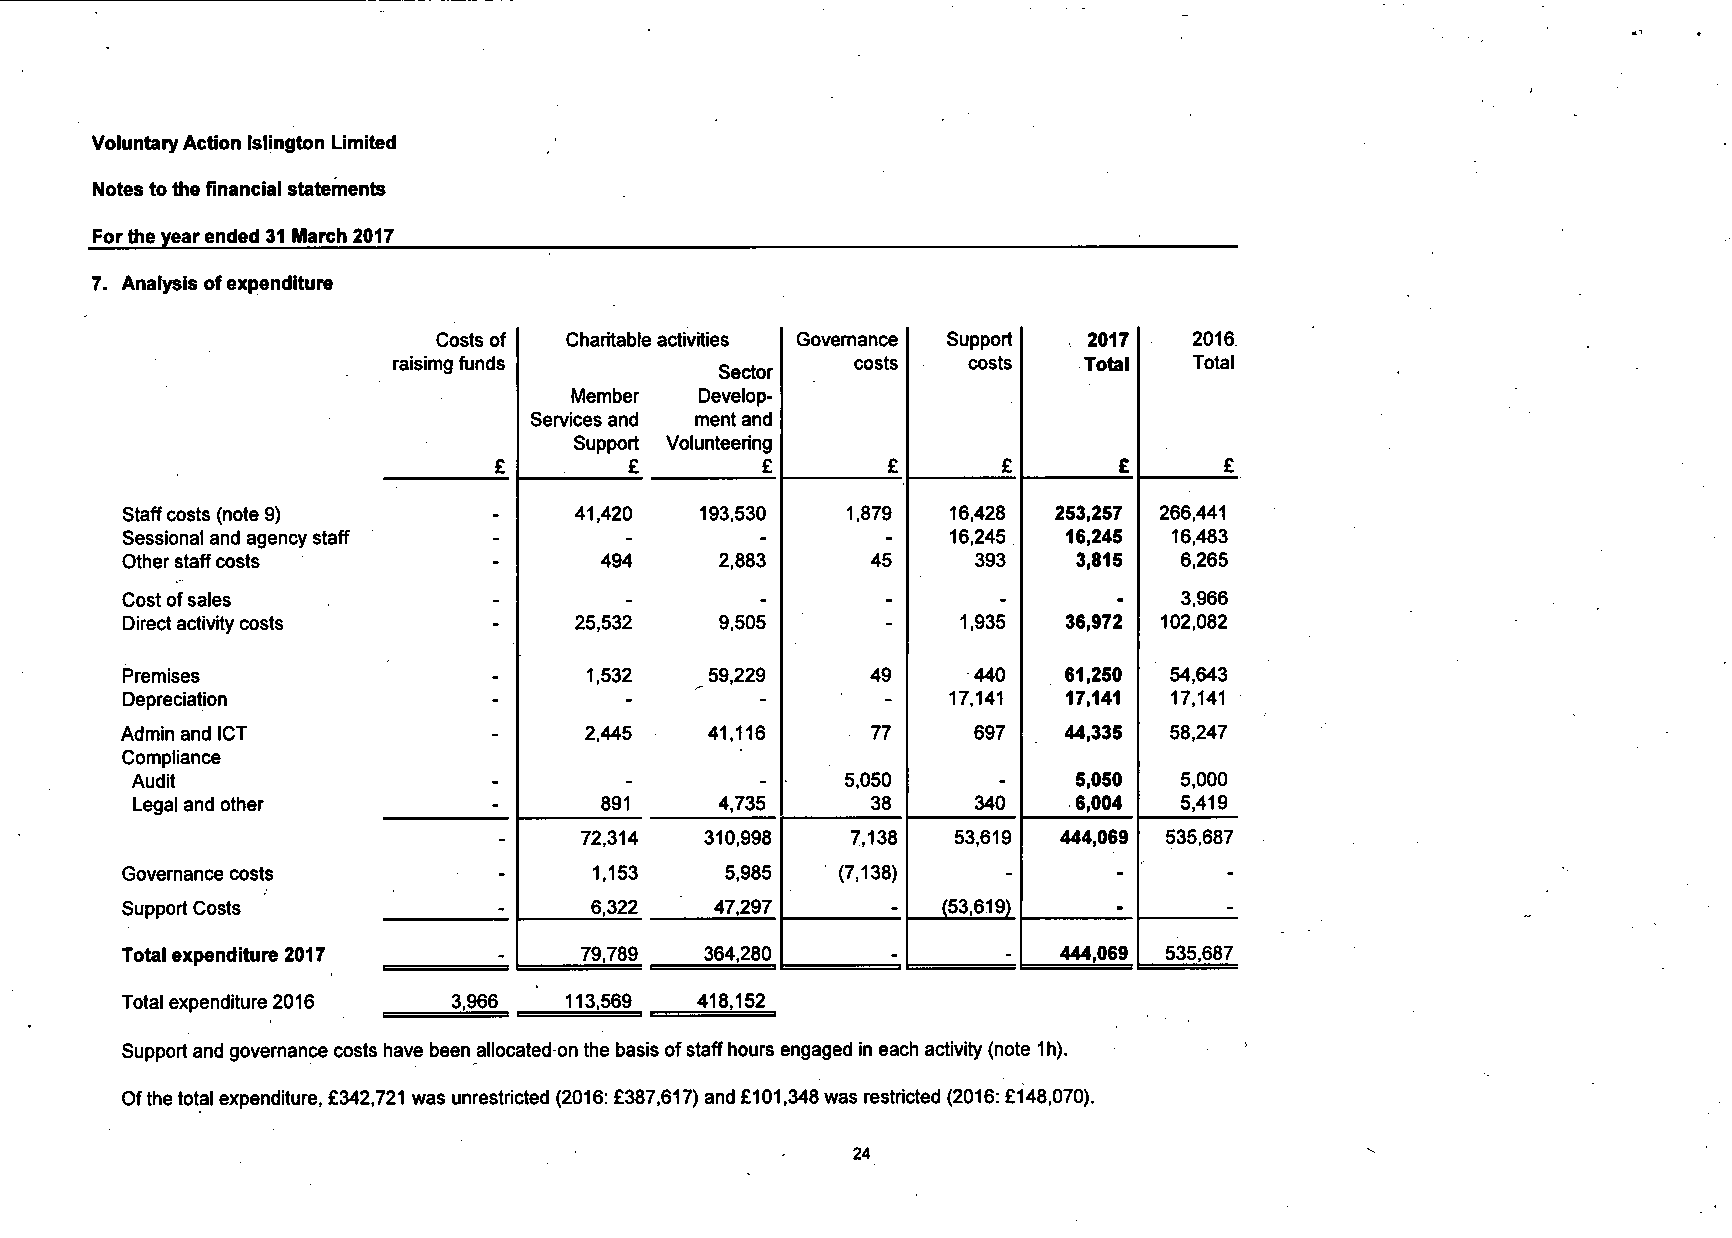
Voluntary Action Islington Limited
 Notes to the financial statements
 For the year ended 31 March 2017
 7. Analysis of expenditure
 Costs of Charitable activities Governance Support 2017 2016
 raisimg funds                  costs  costs   Total  Total
 Sector
 Member  Develop-
 Services and ment and
 Support Volunteering
 £        £       £        £      £       £      £
 Staff costs (note 9)          41,420  193,530   1,879  16,428 253,257 266,441
 Sessional and agency staff -     -        -        -   16,245  16,245 16,483
 Other staff costs        -      494     2,883     45     393   3,815  6,265
 Cost of sales            _       _        -        -      -       -   3,966
 Direct activity costs    -    25,532    9,505      -    1,935  36,972 102,082
 Premises                 _     1,532   59,229     49     440   61,250 54,643
 Depreciation             -       -        -        -   17,141  17,141 17,141
 Admin and ICT            -     2,445   41,116     77     697   44,335 58,247
 Compliance
 Audit                   -       -        -     5,050     -    5,050  5,000
 Legal and other         -      891     4,735     38     340   6,004  5,419
 72,314   310,998  7,138  53,619 444,069 535,687
 GGoovveerrnnaannccee ccoossttss - 1,153 5,985   (7,138)
 SSuuppppoorrtt CCoossttss      6,322   47,297         (53,619)
 TToottaall eexxppeennddiittuurree 22001177 79,789 364,280 _ - 444,069 535,687
 Total expenditure 2016 3,966  113,569  418,152
 Support and governance costs have been allocated on the basis of staff hours engaged in each activity (note 1h).
 Ofthe total expenditure, £342,721 was unrestricted (2016: £387,617) and £101,348 was restricted (2016: £148,070).
 24